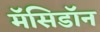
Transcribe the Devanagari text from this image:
मॅसिडॉन